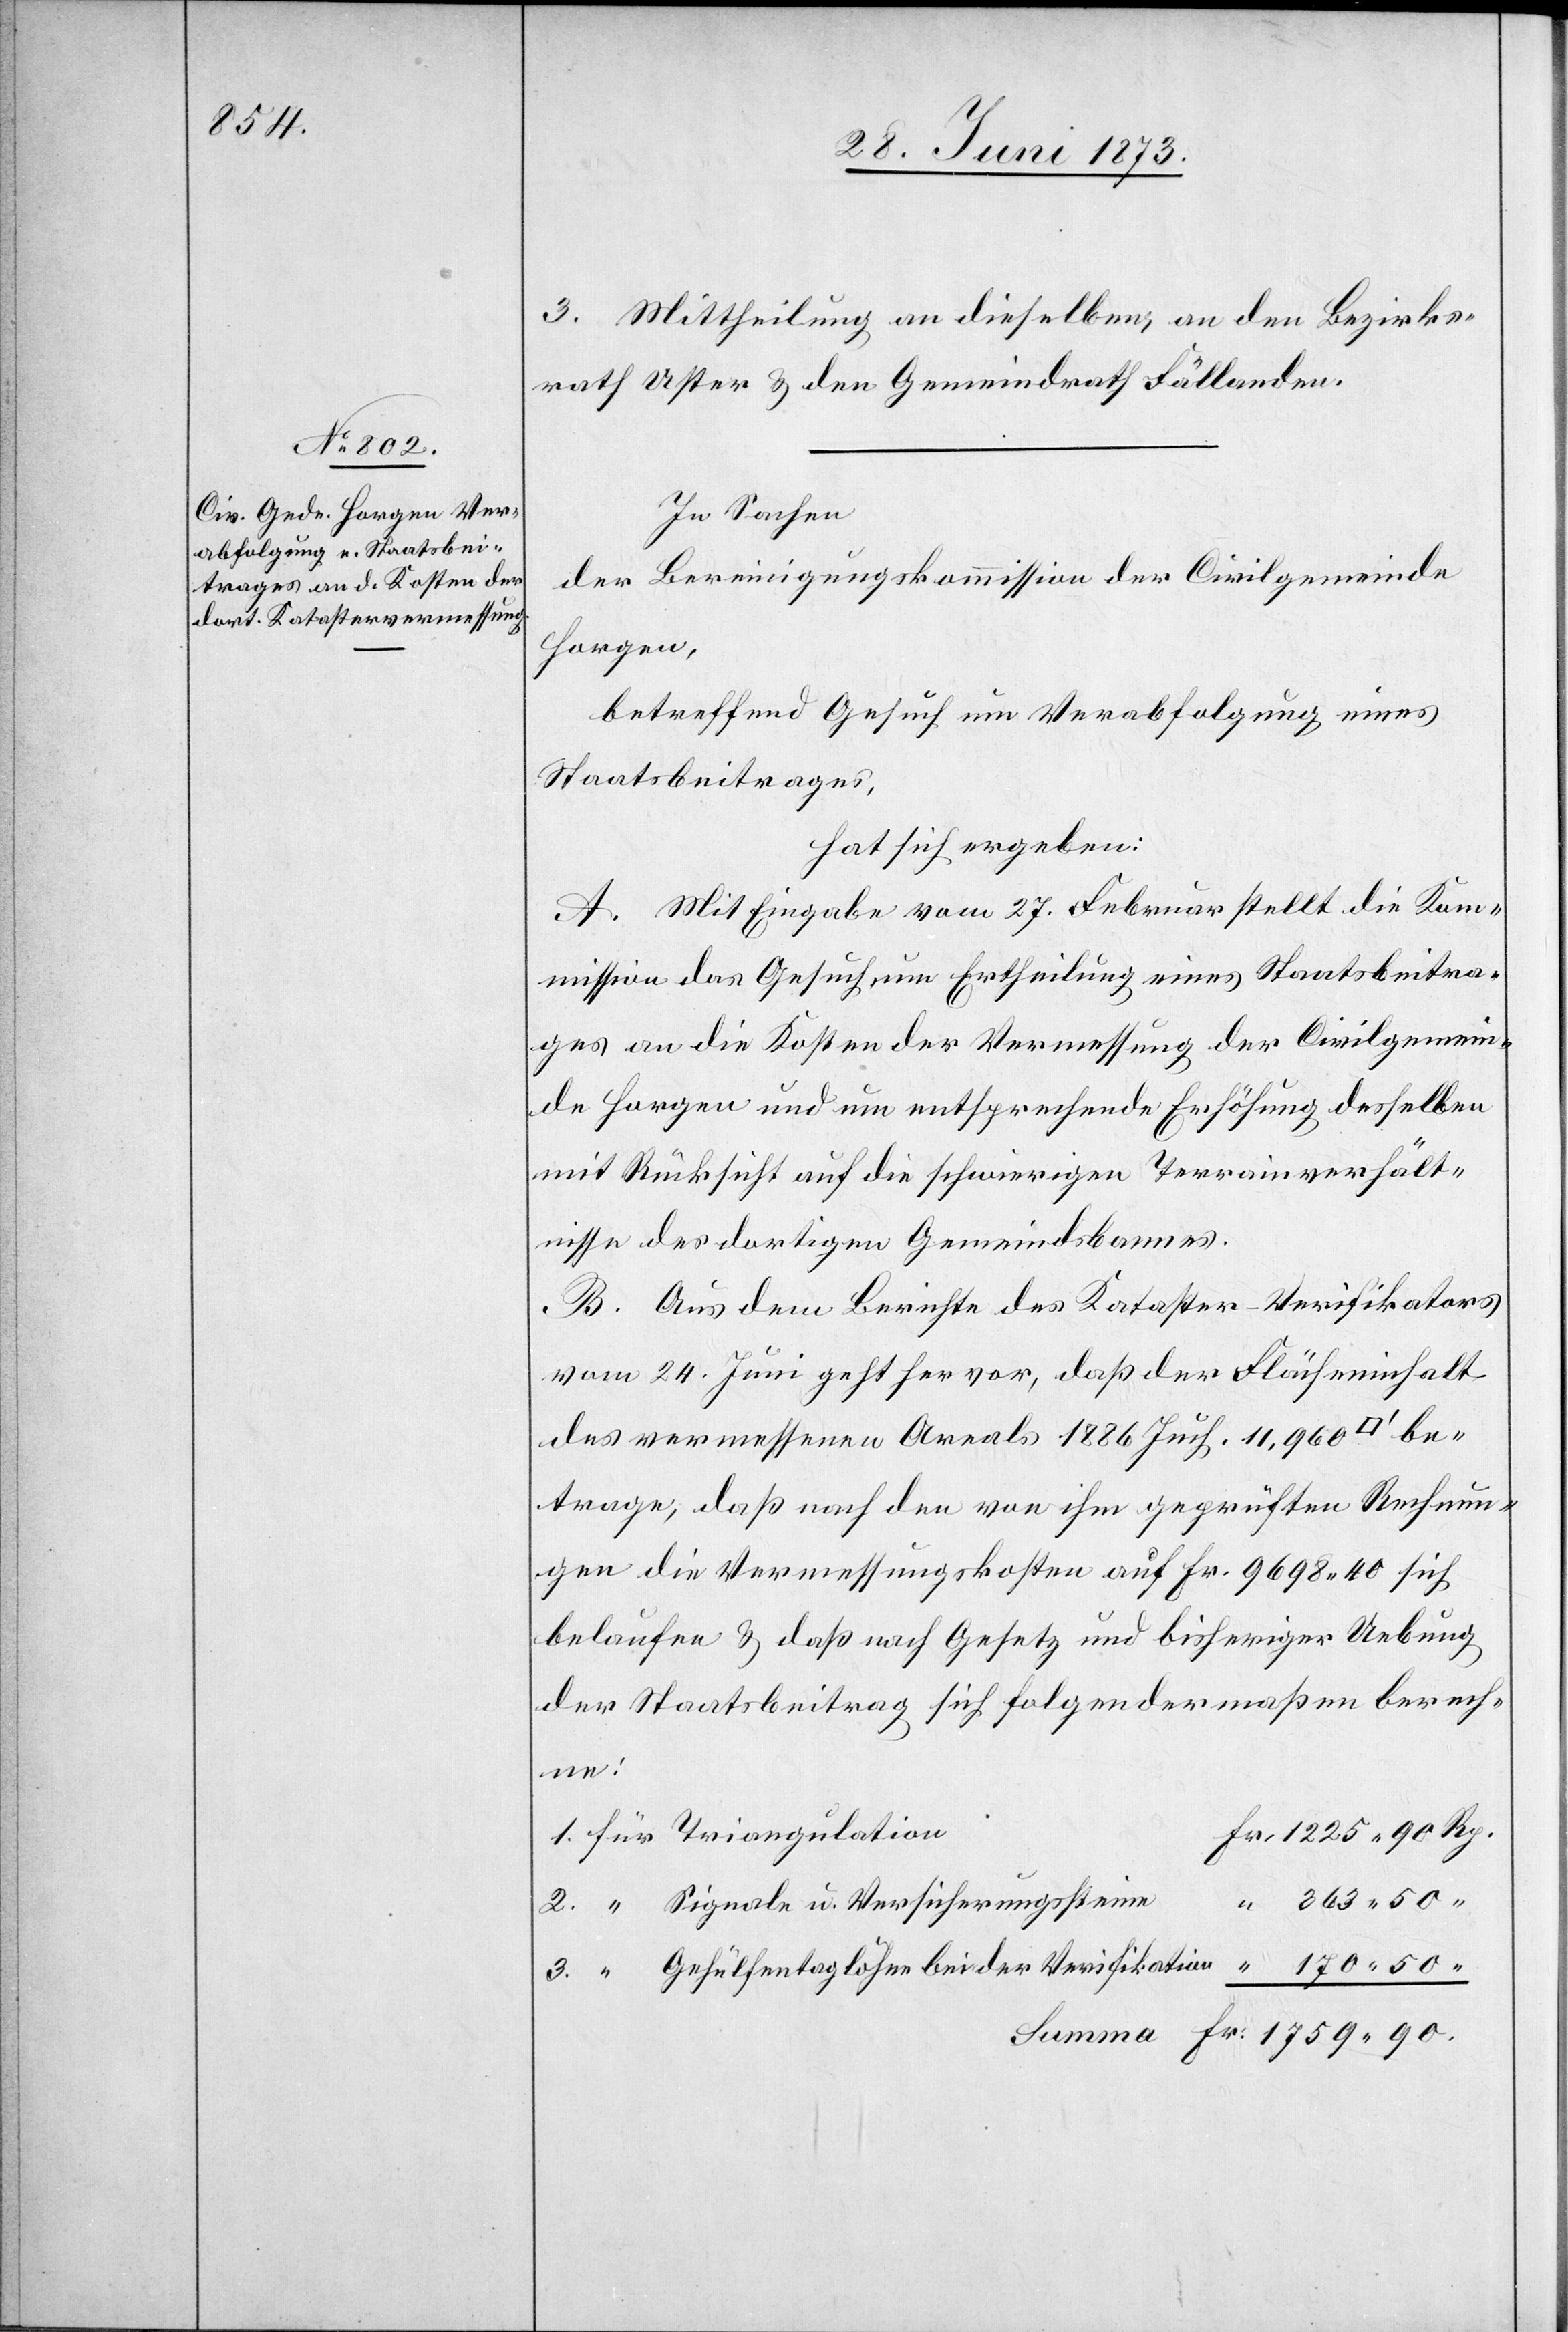
1 759 90.

3. Mittheilung an dieselben, an den Bezirks¬
rath Uster & den Gemeindrath Fällanden.
In Sachen
der Bereinigungskommission der Civilgemeinde
Horgen,
betreffend Gesuch um Verabfolgung eines
Staatsbeitrages,
hat sich ergeben:
A. Mit Eingabe vom 27. Februar stellt die Kom¬
mission das Gesuch um Ertheilung eines Staatsbeitra¬
ges an die Kosten der Vermessung der Civilgemein¬
de Horgen und um entsprechende Erhöhung desselben
mit Rücksicht auf die schwierigen Terrainverhält¬
nisse des dortigen Gemeindsbannes.
B. Aus dem Berichte des Kataster-Verifikators
vom 24. Juni geht hervor, daß der Flächeninhalt
des vermessenen Areals 1 886 Juch. 11,960
betrage, daß nach den von ihm geprüften Rechnun¬
gen die Vermessungskosten auf Fr. 9 680 40 sich
belaufen & daß nach Gesetz und bisheriger Uebung
der Staatsbeitrag sich folgendermaßen berech¬
Fr.
Signale u. Versicherungssteine